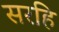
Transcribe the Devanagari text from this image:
सरहि